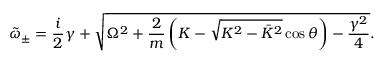
\tilde { \omega } _ { \pm } = \frac { i } { 2 } \gamma + \sqrt { \Omega ^ { 2 } + \frac { 2 } { m } \left( K - \sqrt { K ^ { 2 } - \bar { K } ^ { 2 } } \cos \theta \right) - \frac { \gamma ^ { 2 } } { 4 } } .